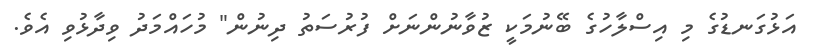
އަޅުގަނޑުގެ މި އިސްލާހުގެ ބޭނުމަކީ ޒުވާނުންނަށް ފުރުސަތު ދިނުން" މުހައްމަދު ވިދާޅުވި އެވެ.